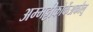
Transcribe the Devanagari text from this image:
अम्मट्टीकोर्केअकौलू